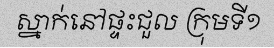
ស្នាក់នៅផ្ទះជួល ក្រុមទី១